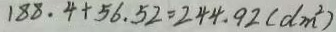
1 8 8 . 4 + 5 6 . 5 2 = 2 4 4 . 9 2 ( d m ^ { 2 } )